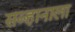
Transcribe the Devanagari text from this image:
सव्हानाला